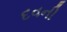
દવની